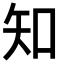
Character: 知